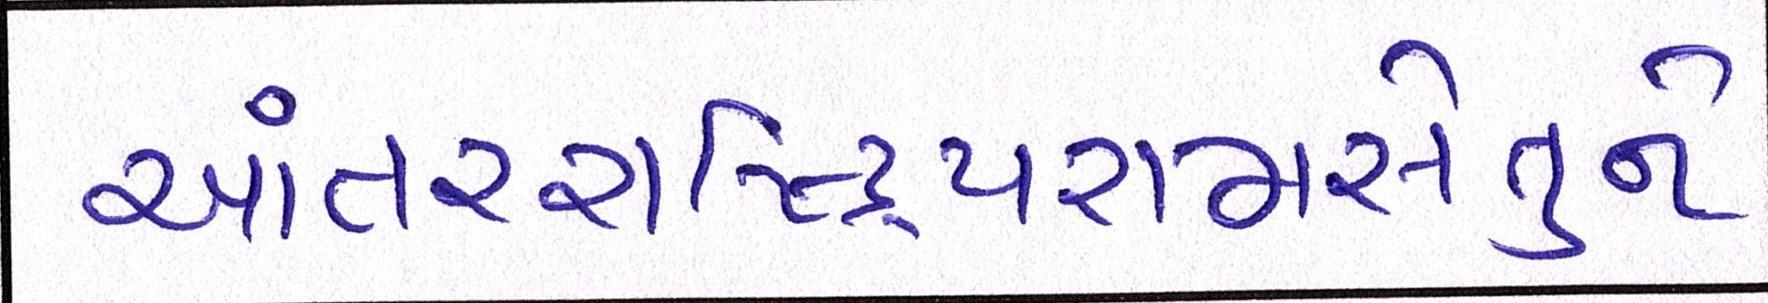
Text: આંતરરાષ્ટ્રિયરામસેતુને